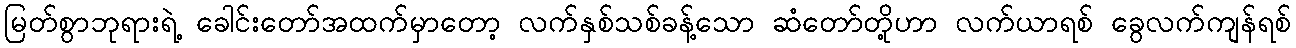
မြတ်စွာဘုရားရဲ့ ခေါင်းတော်အထက်မှာတော့ လက်နှစ်သစ်ခန့်သော ဆံတော်တို့ဟာ လက်ယာရစ် ခွေလက်ကျန်ရစ်